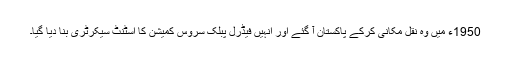
1950ء میں وہ نقل مکانی کرکے پاکستان آ گئے اور انہیں فیڈرل پبلک سروس کمیشن کا اسٹنٹ سیکرٹری بنا دیا گیا۔